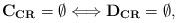
LaTeX: \begin{align*}{\bf C_{CR}}=\emptyset \Longleftrightarrow {\bf D_{CR}}=\emptyset, \end{align*}